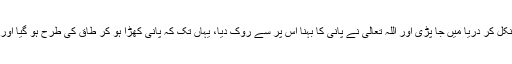
مچھلی تڑپی یہاں تک کہ زنبیل سے نکل کر دریا میں جا پڑی اور اللہ تعالیٰ نے پانی کا بہنا اس پر سے روک دیا، یہاں تک کہ پانی کھڑا ہو کر طاق کی طرح ہو گیا اور مچھلی کے لئے خشک راستہ بن گیا۔